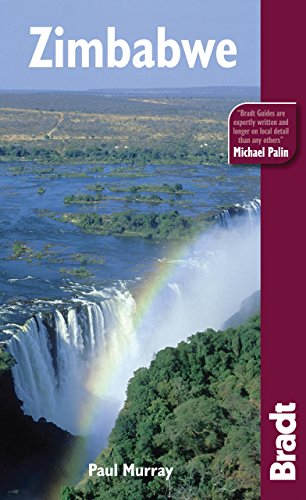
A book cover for Zimbabwe (Bradt Travel Guide); Paul Murray; Travel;